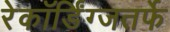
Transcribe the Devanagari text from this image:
रेकॉर्डिंग्जतर्फे